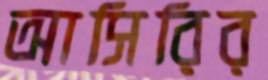
আসিরির